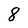
Character: 8